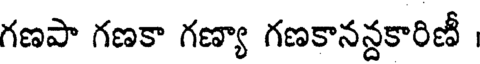
గణపా గణకా గణ్యా గణకానన్దకారిణీ